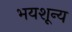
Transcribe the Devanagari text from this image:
भयशून्य